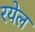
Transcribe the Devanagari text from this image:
रयेल